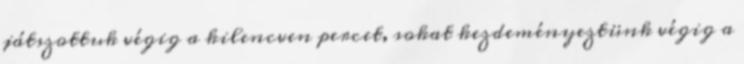
játszottuk végig a kilencven percet, sokat kezdeményeztünk végig a